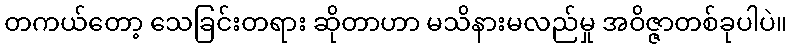
တကယ်တော့ သေခြင်းတရား ဆိုတာဟာ မသိနားမလည်မှု အဝိဇ္ဇာတစ်ခုပါပဲ။